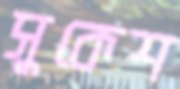
সুকেশ